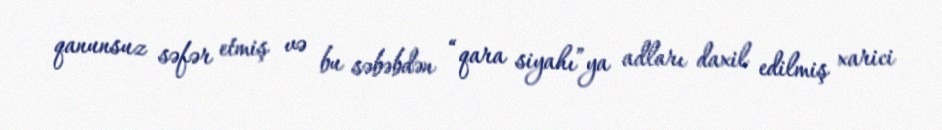
qanunsuz səfər etmiş və bu səbəbdən “qara siyahı”ya adları daxil edilmiş xarici